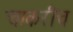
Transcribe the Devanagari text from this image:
चाकरीच